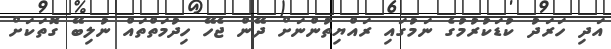
އަދި ހަރަދު ކުޑަކުރުމުގެ ނަމުގައި ރައްޔިތުންނަށް ދޭން ޖެހޭ ހިދުމަތްތައް ނުލިބޭ ގޮތަކަށް